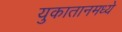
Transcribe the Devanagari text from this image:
युकातानमध्ये